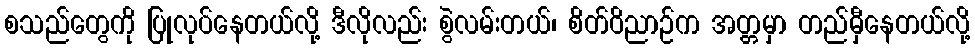
စသည်တွေကို ပြုလုပ်နေတယ်လို့ ဒီလိုလည်း စွဲလမ်းတယ်၊ စိတ်ဝိညာဉ်က အတ္တမှာ တည်မှီနေတယ်လို့